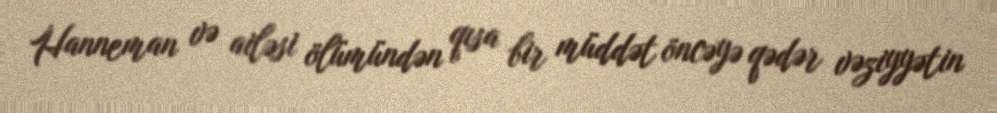
Hanneman və ailəsi ölümündən qısa bir müddət öncəyə qədər vəziyyətin